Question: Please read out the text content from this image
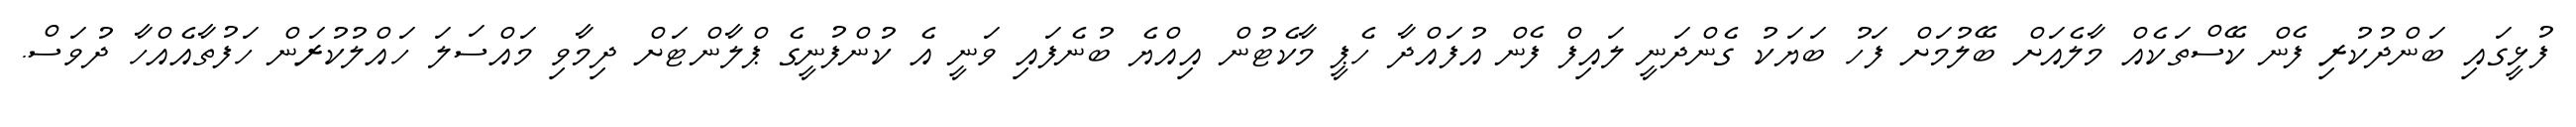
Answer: ފުޅީގައި ބަންދުކުރި ފެން ކޭސްތަކެއް މާލެއަށް ބޭލުމަށް ފަހު ބަޔަކު ގެންދަނީ ލައިފް ފެން އުފައްދާ ހެޕީ މާކެޓުން އިއްޔެ ބުނެފައި ވަނީ އެ ކުންފުނީގެ ޕްލާންޓަށް ދިމާވި މައްސަލަ ހައްލުކުރަން ހަފުތާއެއްހާ ދުވަސް.